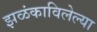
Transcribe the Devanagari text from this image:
झळंकाविलेल्या